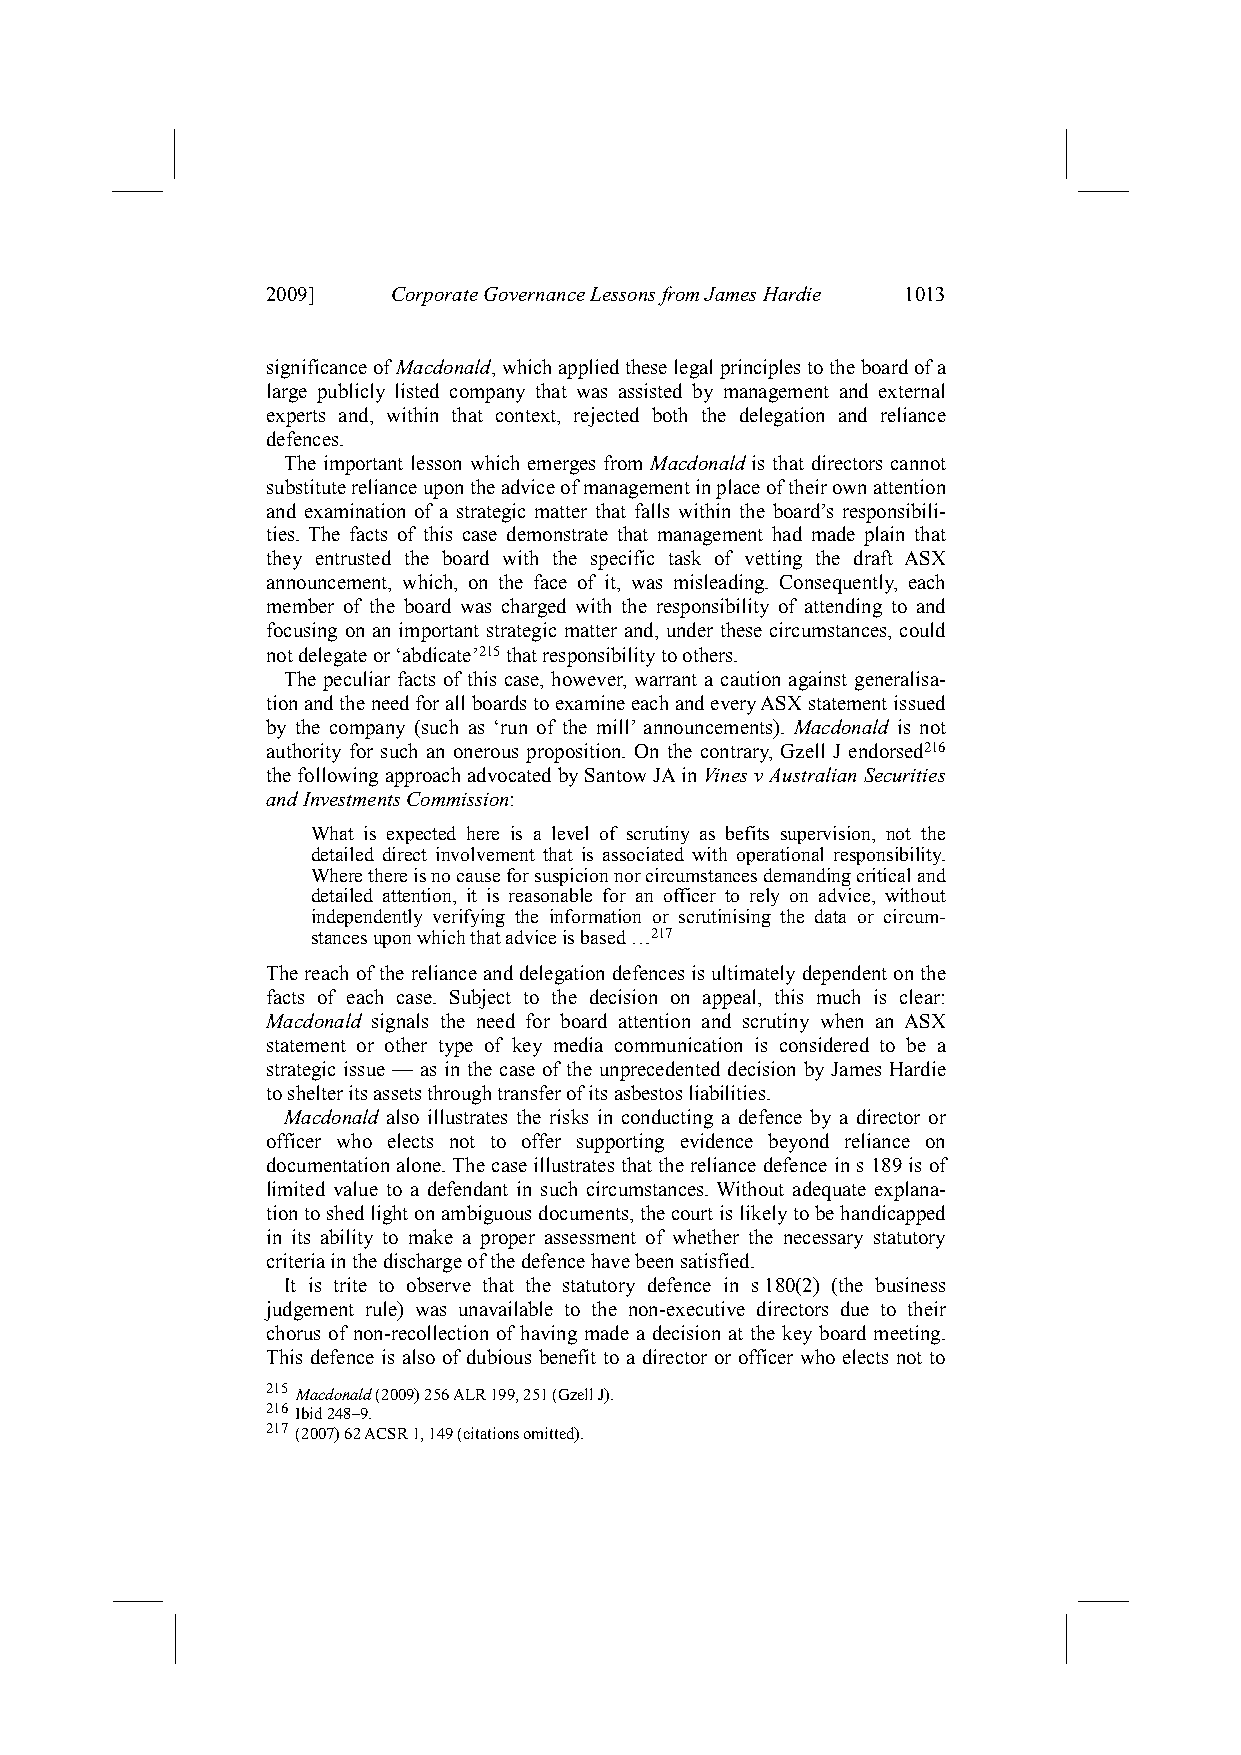
2009]   Corporate Governance Lessons from James Hardie 1013
 significance of Macdonald, which applied these legal principles to the board of a
 large publicly listed company that was assisted by management and external
 experts and, within that context, rejected both the delegation and reliance
 defences.
 The important lesson which emerges from Macdonald is that directors cannot
 substitute reliance upon the advice of management in place of their own attention
 and examination of a strategic matter that falls within the board’s responsibili-
 ties. The facts of this case demonstrate that management had made plain that
 they entrusted the board with the specific task of vetting the draft ASX
 announcement, which, on the face of it, was misleading. Consequently, each
 member of the board was charged with the responsibility of attending to and
 focusing on an important strategic matter and, under these circumstances, could
 not delegate or ‘abdicate’215 that responsibility to others.
 The peculiar facts of this case, however, warrant a caution against generalisa-
 tion and the need for all boards to examine each and every ASX statement issued
 by the company (such as ‘run of the mill’ announcements). Macdonald is not
 authority for such an onerous proposition. On the contrary, Gzell J endorsed216
 the following approach advocated by Santow JA in Vines v Australian Securities
 and Investments Commission:
 What is expected here is a level of scrutiny as befits supervision, not the
 detailed direct involvement that is associated with operational responsibility.
 Where there is no cause for suspicion nor circumstances demanding critical and
 detailed attention, it is reasonable for an officer to rely on advice, without
 independently verifying the information or scrutinising the data or circum-
 stances upon which that advice is based …217
 The reach of the reliance and delegation defences is ultimately dependent on the
 facts of each case. Subject to the decision on appeal, this much is clear:
 Macdonald signals the need for board attention and scrutiny when an ASX
 statement or other type of key media communication is considered to be a
 strategic issue — as in the case of the unprecedented decision by James Hardie
 to shelter its assets through transfer of its asbestos liabilities.
 Macdonald also illustrates the risks in conducting a defence by a director or
 officer who elects not to offer supporting evidence beyond reliance on
 documentation alone. The case illustrates that the reliance defence in s 189 is of
 limited value to a defendant in such circumstances. Without adequate explana-
 tion to shed light on ambiguous documents, the court is likely to be handicapped
 in its ability to make a proper assessment of whether the necessary statutory
 criteria in the discharge of the defence have been satisfied.
 It is trite to observe that the statutory defence in s 180(2) (the business
 judgement rule) was unavailable to the non-executive directors due to their
 chorus of non-recollection of having made a decision at the key board meeting.
 This defence is also of dubious benefit to a director or officer who elects not to
 215 Macdonald (2009) 256 ALR 199, 251 (Gzell J).
 216 Ibid 248–9.
 217 (2007) 62 ACSR 1, 149 (citations omitted).